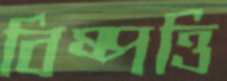
বিষ্পত্তি